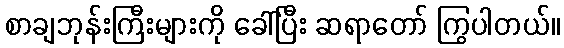
စာချဘုန်းကြီးများကို ခေါ်ပြီး ဆရာတော် ကြွပါတယ်။